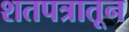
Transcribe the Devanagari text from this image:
शतपत्रातून